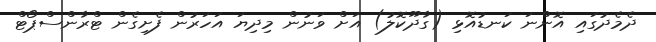
ދެމެދުގައި އޮންނަ ކަނޑުއޮޅި (ގާދޫކޮލު) އަށް ވަނުން މިދިޔަ އަހަރުން ފެށިގެން ޓްރާންސްޕޯޓް